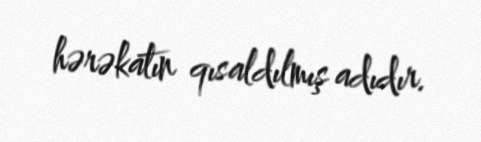
hərəkatın qısaldılmış adıdır.